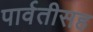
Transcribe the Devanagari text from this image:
पार्वतीसह